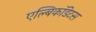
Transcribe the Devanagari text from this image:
एल्बिकॉडेटस